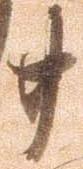
廿